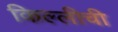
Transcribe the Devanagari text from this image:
किल्लीची